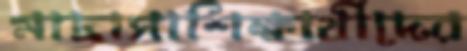
মাদ্রাসাশিক্ষার্থীদের